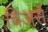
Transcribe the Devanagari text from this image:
चिअर्स